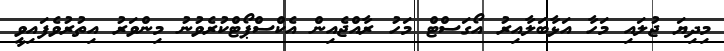
މިދިޔަ ޖުލައި މަހާ އަޅާބަލާއިރު އޯގަސްޓް މަހު ރާއްޖެއިން އެކްސްޕޯޓްކުރެވުނު މިންވަރު އިތުރުވެފައިވީ